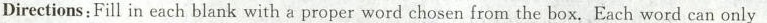
Directions:Fill in each blank with a proper word chosen from the box. Each word can only